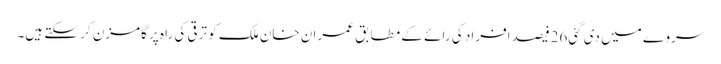
سروے میں دی گئی26فیصد افراد کی رائے کے مطابق عمران خان ملک کو ترقی کی راہ پر گامزن کر سکتے ہیں۔